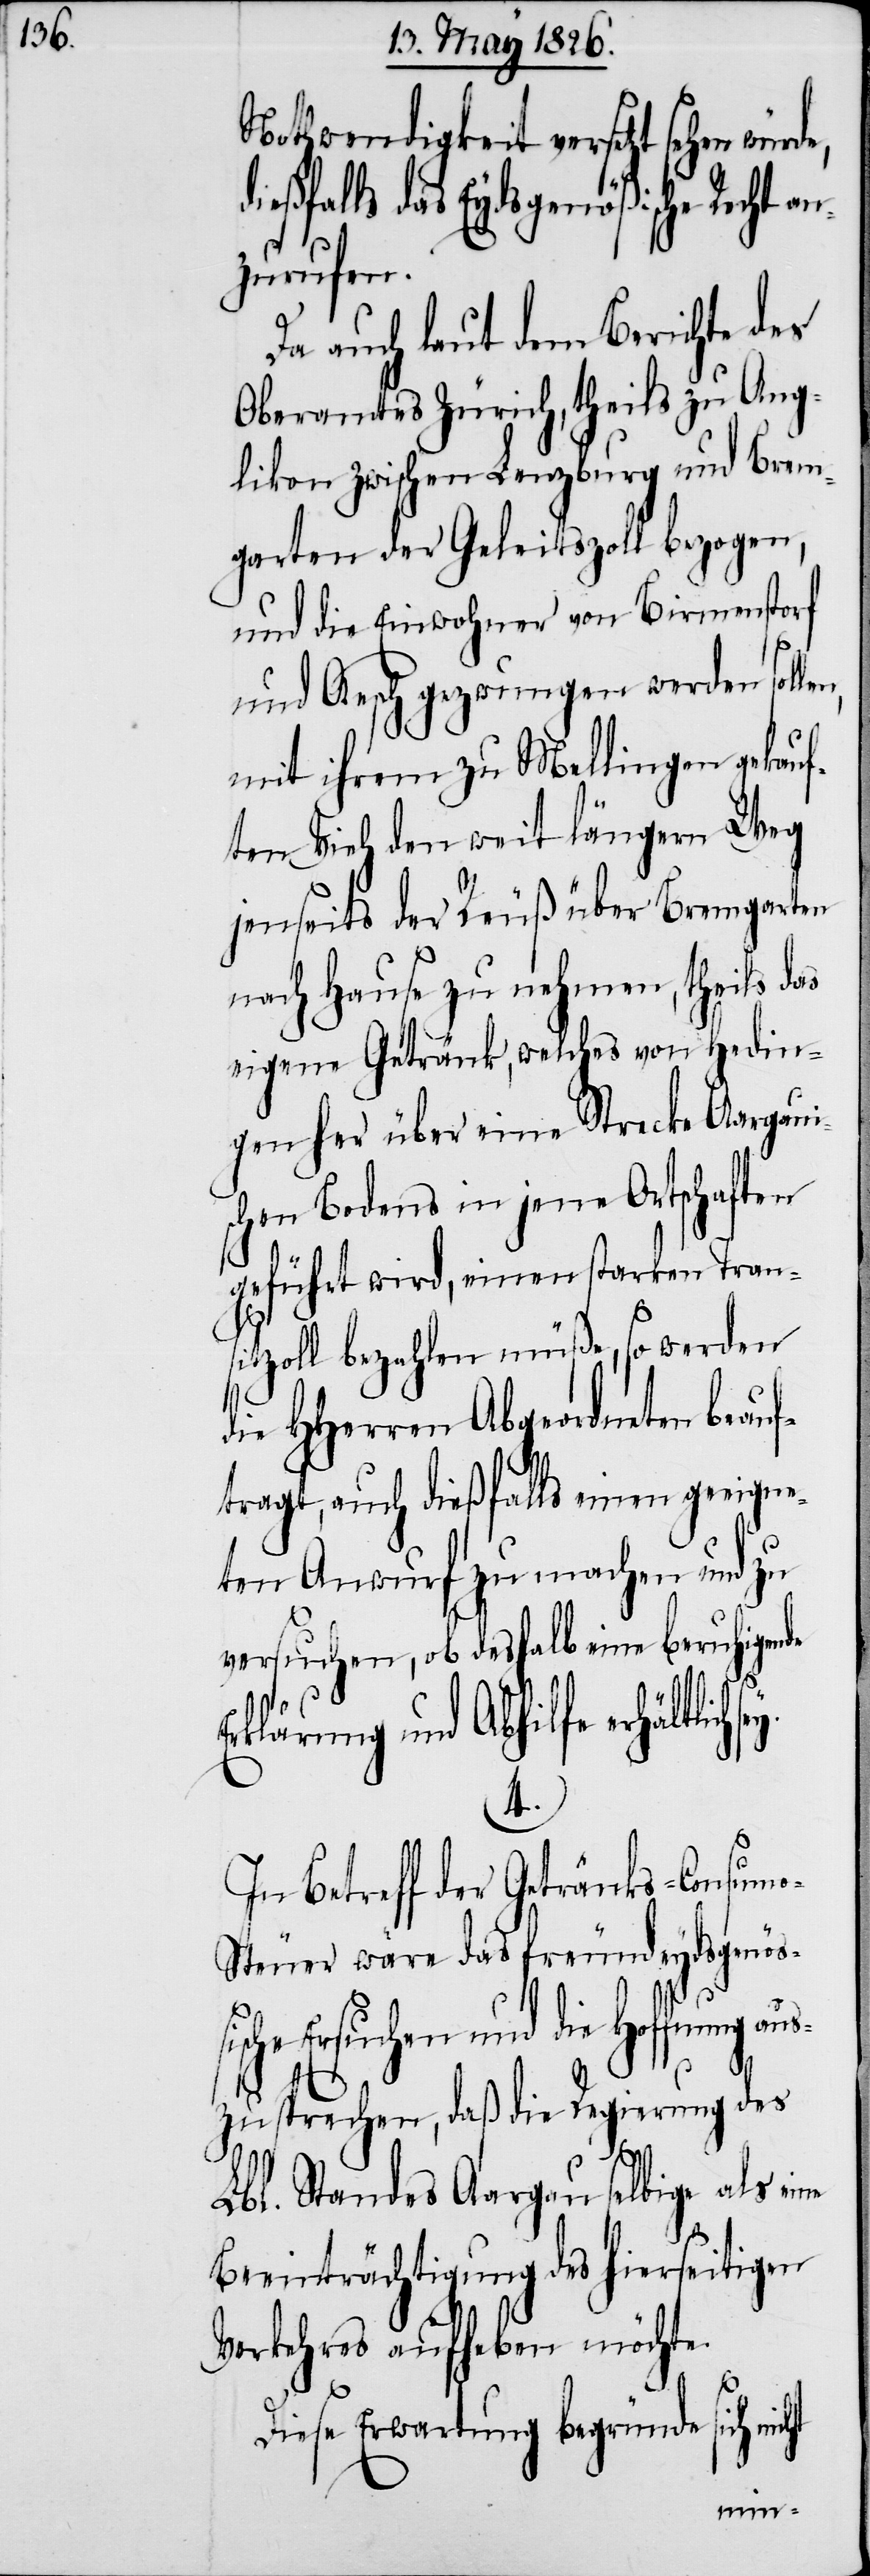
Nothwendigkeit versetzt sehen
ßfalls das Eydsgenößische Recht a¬
nzurufen.
Da auch laut dem Berichte des
Oberamtes Zürich, theils zu Ang¬
likon zwischen Lenzburg und Brem¬
garten der Geleitszoll bezogen,
und die Einwohner von Birmenstorf
und Aesch gezwungen werden soll¬
mit ihrem zu Mellingen gekauf¬
ten Vieh den weit längern Weg
jenseits der Reuß über Bremgarten
nach Hause zu nehmen, theils das
eigene Getränk, welches von Hedin¬
gen her über eine Strecke Aargaui¬
schen Bodens in jene Ortschaften
geführt wird, einen starken Tran¬
sitzoll bezahlen müße, so werden
die HHerren Abgeordneten beauf¬
tragt, auch dießfalls einen geeigne¬
ten Anwurf zu machen und zu
versuchen, ob deshalb eine beruhigende
klärung und Abhilfe erhältlich
4.
In Betreff der Getränks-Consum¬
teuer wäre das freundeydsgenöß¬
ische Ersuchen und die Hoffnung au¬
szusprechen, daß die Regierung des
Lbl. Standes Aargau selbige als eine
Beeinträchtigung des hierseitigen
Verkehres aufheben möchte.
Diese Erwartung begründe sich nic¬
ht